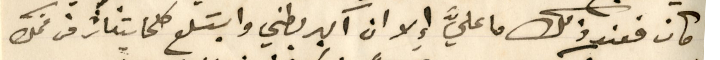
كان فعند ذلك ما عليَّ إِلا ان اكبر بطني وابتلع كلما يتناثر من فمك